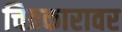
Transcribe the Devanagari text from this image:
चित्रकारावर